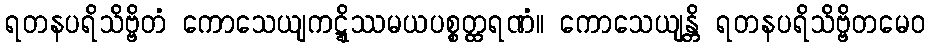
ရတနပရိသိဗ္ဗိတံ ကောသေယျကဋ္ဋိဿမယပစ္စတ္ထရဏံ။ ကောသေယျန္တိ ရတနပရိသိဗ္ဗိတမေဝ